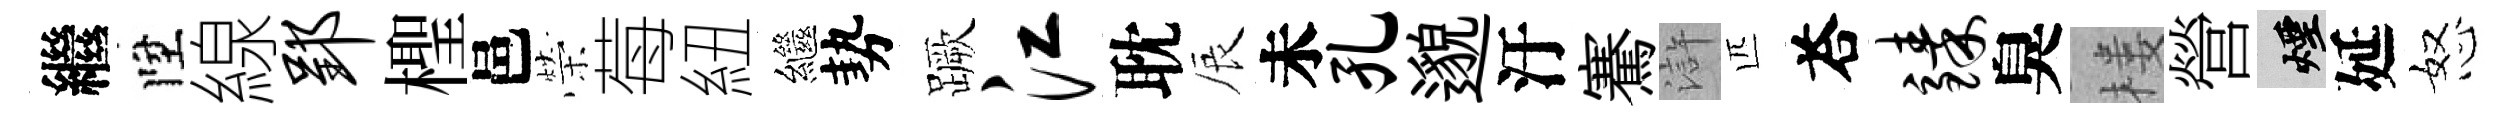
繼陞線郢檉邑榮莓紐繼勢蹶江耽辰未孔邈汙騫滸匹荅臻臭楼營煙延怒